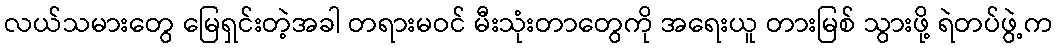
လယ်သမားတွေ မြေရှင်းတဲ့အခါ တရားမဝင် မီးသုံးတာတွေကို အရေးယူ တားမြစ် သွားဖို့ ရဲတပ်ဖွဲ့က